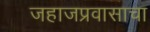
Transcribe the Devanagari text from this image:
जहाजप्रवासाचा